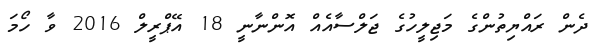
ދެން ރައްޔިތުންގެ މަޖިލީހުގެ ޖަލްސާއެއް އޮންނާނީ 18 އޭޕްރީލް 2016 ވާ ހޯމަ